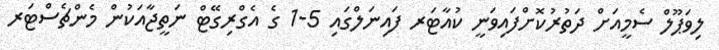
ލިވަޕޫލް ސެމީއަށް ދަތުރުކޮށްފައިވަނީ ކުއާޓަރ ފައިނަލްގައި 5-1 ގެ އެގްރިގޭޓް ނަތީޖާއަކުން މެންޗެސްޓަރ